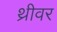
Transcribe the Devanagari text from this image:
थ्रीवर